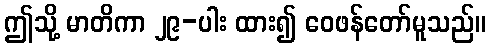
ဤသို့ မာတိကာ ၂၉-ပါး ထား၍ ဝေဖန်တော်မူသည်။